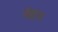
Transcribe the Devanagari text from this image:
नैदान